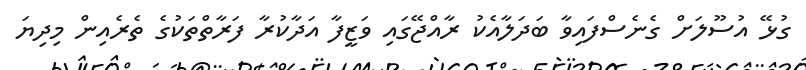
ގުޅޭ އުސޫލަށް ގެނެސްފައިވާ ބަދަލާއެކު ރާއްޖޭގައި ވަޒީފާ އަދާކުރާ ފަރާތްތަކުގެ ތެރެއިން މިދިޔަ